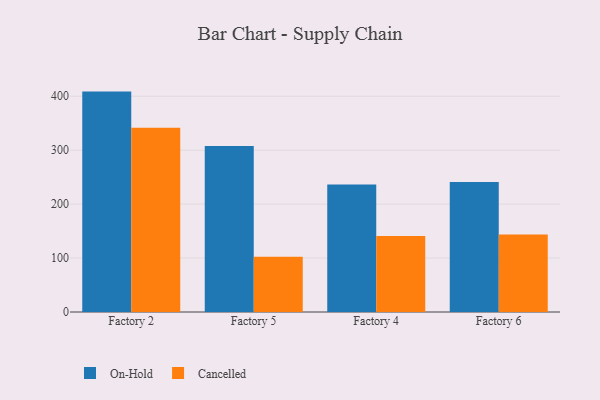
{"axis": {"x": "Factory", "y": "Demand Index"}, "legend": ["Cancelled", "On-Hold"], "data": [{"x": "Factory 2", "y": 408.6, "type": "On-Hold"}, {"x": "Factory 2", "y": 341.7, "type": "Cancelled"}, {"x": "Factory 5", "y": 307.8, "type": "On-Hold"}, {"x": "Factory 5", "y": 102.3, "type": "Cancelled"}, {"x": "Factory 4", "y": 236.3, "type": "On-Hold"}, {"x": "Factory 4", "y": 140.7, "type": "Cancelled"}, {"x": "Factory 6", "y": 240.8, "type": "On-Hold"}, {"x": "Factory 6", "y": 143.6, "type": "Cancelled"}]}